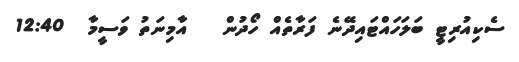
ސެކިއުރިޓީ ބަލަހައްޓައިދޭނެ ފަރާތެއް ހޯދުން   އާމިނަތު ވަސީމާ  12:40